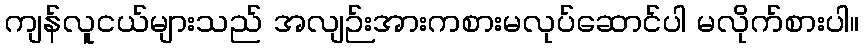
ကျန်လူငယ်များသည် အလျဉ်းအားကစားမလုပ်ဆောင်ပါ မလိုက်စားပါ။